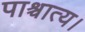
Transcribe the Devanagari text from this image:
पाश्चात्य।